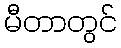
မီတာတွင်